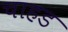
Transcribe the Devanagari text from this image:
चाहड